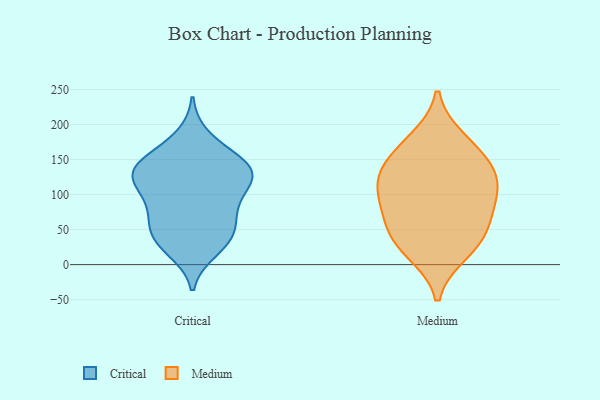
{"axis": {"x": "Energy Usage (MWh)", "y": "Value"}, "legend": ["Critical", "Medium"], "data": [{"x": "", "y": 123, "type": "Critical"}, {"x": "", "y": 42, "type": "Critical"}, {"x": "", "y": 143, "type": "Critical"}, {"x": "", "y": 182, "type": "Critical"}, {"x": "", "y": 130, "type": "Critical"}, {"x": "", "y": 145, "type": "Critical"}, {"x": "", "y": 63, "type": "Critical"}, {"x": "", "y": 36, "type": "Critical"}, {"x": "", "y": 61, "type": "Critical"}, {"x": "", "y": 155, "type": "Critical"}, {"x": "", "y": 32, "type": "Critical"}, {"x": "", "y": 127, "type": "Critical"}, {"x": "", "y": 107, "type": "Critical"}, {"x": "", "y": 21, "type": "Critical"}, {"x": "", "y": 120, "type": "Critical"}, {"x": "", "y": 137, "type": "Critical"}, {"x": "", "y": 87, "type": "Critical"}, {"x": "", "y": 83, "type": "Critical"}, {"x": "", "y": 76, "type": "Medium"}, {"x": "", "y": 161, "type": "Medium"}, {"x": "", "y": 76, "type": "Medium"}, {"x": "", "y": 37, "type": "Medium"}, {"x": "", "y": 137, "type": "Medium"}, {"x": "", "y": 38, "type": "Medium"}, {"x": "", "y": 104, "type": "Medium"}, {"x": "", "y": 18, "type": "Medium"}, {"x": "", "y": 127, "type": "Medium"}, {"x": "", "y": 116, "type": "Medium"}, {"x": "", "y": 178, "type": "Medium"}]}